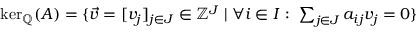
\begin{array} { r } { \ker _ { \mathbb { Q } } ( A ) = \{ \vec { v } = [ v _ { j } ] _ { j \in J } \in \mathbb Z ^ { J } \mid \forall i \in I : \ \sum _ { j \in J } a _ { i j } v _ { j } = 0 \} } \end{array}